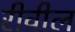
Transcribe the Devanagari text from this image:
रीवील